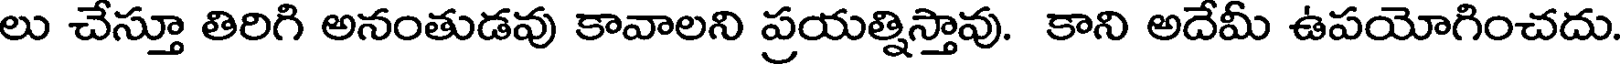
లు చేస్తూ తిరిగి అనంతుడవు కావాలని ప్రయత్నిస్తావు. కాని అదేమీ ఉపయోగించదు.